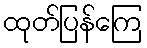
ထုတ်ပြန်ကြေ